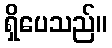
ရှိပေသည်။